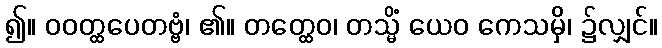
၍။ ဝဝတ္ထပေတဗ္ဗံ၊ ၏။ တတ္ထေဝ၊ တသ္မိံ ယေဝ ကေသမှိ၊ ၌လျှင်။